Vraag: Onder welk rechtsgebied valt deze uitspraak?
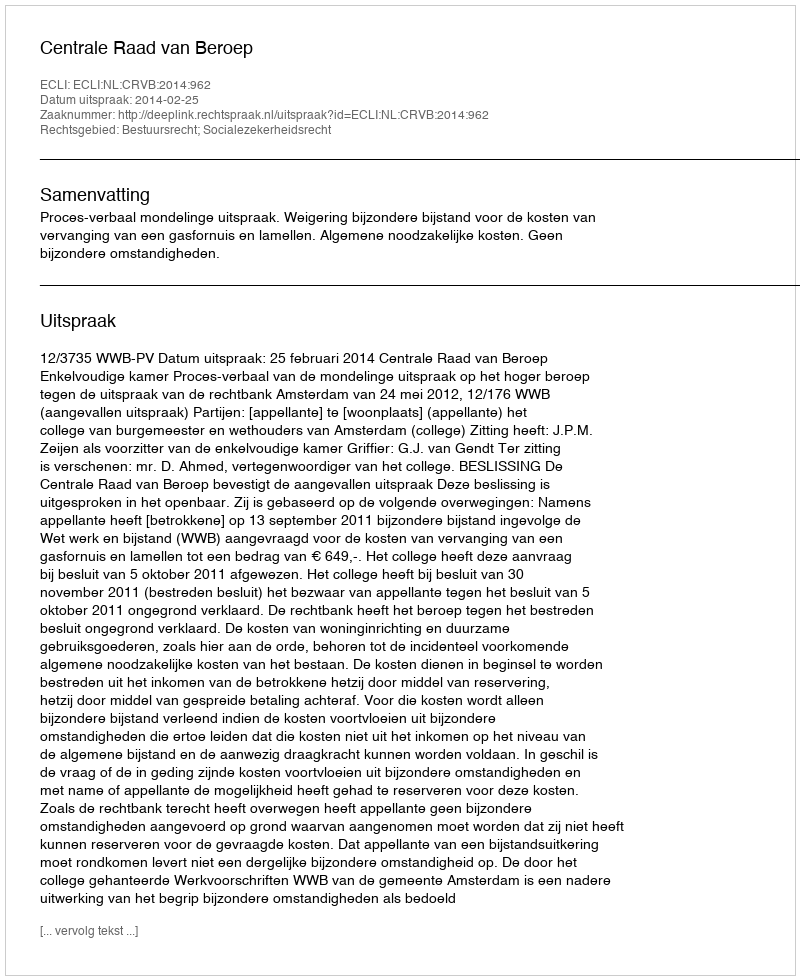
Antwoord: Bestuursrecht; Socialezekerheidsrecht